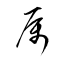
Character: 属